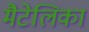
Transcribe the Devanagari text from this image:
मैटेलिका